Lunatic asylums Madras 1877-1891 - 1877-1891
Year: 1877
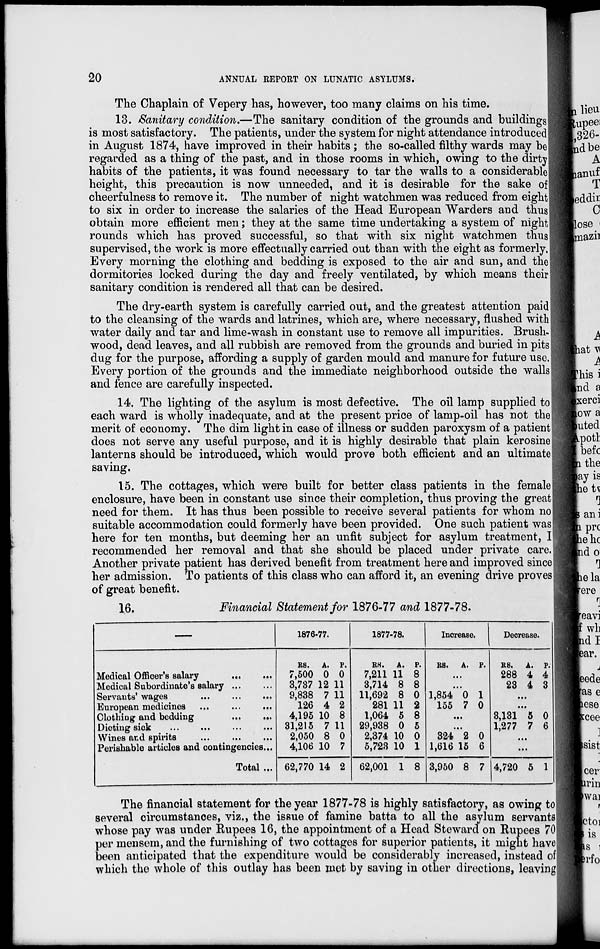
20
ANNUAL REPORT ON LUNATIC ASYLUMS.
The Chaplain of Vepery has, however, too many claims on his time.
13. Sanitary condition.—The sanitary condition of the grounds and buildings
is most satisfactory. The patients, under the system for night attendance introduced
in August 1874, have improved in their habits; the so-called filthy wards may be
regarded as a thing of the past, and in those rooms in which, owing to the dirty
habits of the patients, it was found necessary to tar the walls to a considerable
height, this precaution is now unneeded, and it is desirable for the sake of
cheerfulness to remove it. The number of night watchmen was reduced from eight
to six in order to increase the salaries of the Head European Warders and thus
obtain more efficient men; they at the same time undertaking a system of night
rounds which has proved successful, so that with six night watchmen thus
supervised, the work is more effectually carried out than with the eight as formerly.
Every morning the clothing and bedding is exposed to the air and sun, and the
dormitories locked during the day and freely ventilated, by which means their
sanitary condition is rendered all that can be desired.
The dry-earth system is carefully carried out, and the greatest attention paid
to the cleansing of the wards and latrines, which are, where necessary, flushed with
water daily and tar and lime-wash in constant use to remove all impurities. Brush-
wood, dead leaves, and all rubbish are removed from the grounds and buried in pits
dug for the purpose, affording a supply of garden mould and manure for future use.
Every portion of the grounds and the immediate neighborhood outside the walls
and fence are carefully inspected.
14. The lighting of the asylum is most defective. The oil lamp supplied to
each ward is wholly inadequate, and at the present price of lamp-oil has not the
merit of economy. The dim light in case of illness or sudden paroxysm of a patient
does not serve any useful purpose, and it is highly desirable that plain kerosine
lanterns should be introduced, which would prove both efficient and an ultimate
saving.
15. The cottages, which were built for better class patients in the female
enclosure, have been in constant use since their completion, thus proving the great
need for them. It has thus been possible to receive several patients for whom no
suitable accommodation could formerly have been provided. One such patient was
here for ten months, but deeming her an unfit subject for asylum treatment, I
recommended her removal and that she should be placed under private care.
Another private patient has derived benefit from treatment here and improved since
her admission. To patients of this class who can afford it, an evening drive proves
of great benefit.
16.
Financial Statement for 1876-77 and 1877-78.
—
Medical Officer's salary ... ...
Medical Subordinate's salary ... ...
Servants' wages
...
...
...
European medicines ...
...
...
Clothing and bedding ... ...
Dieting sick ... ... ... ...
Wines and spirits
... ... ...
Perishable articles and contingencies...
Total ...
1876.77.
RS.
7,500
3,737
9,838
126
4,195
31,215
2,050
4,106
62,770
A.
0
12
7
4
10
7
8
10
14
P.
0
11
11
2
8
11
0
7
2
1877-78.
RS.
7,211
3,714
11,692
281
1,064
29,938
2,374
5,723
62,001
A.
11
8
8
11
5
0
10
10
1
P.
8
8
0
2
8
5
0
1
8
Increase.
RS.
A. P.
...
...
1,854
155
0
7
1
0
...
...
324
1,616
3,950
2
15
8
0
6
7
Decrease.
RS.
288
23
A.
4
4
P.
4
3
...
...
3,131
1,277
5
7
0
6
...
...
4,720 5 1
The financial statement for the year 1877-78 is highly satisfactory, as owing to
several circumstances, viz., the issue of famine batta to all the asylum servants
whose pay was under Rupees 16, the appointment of a Head Steward on Rupees 70
per mensem, and the furnishing of two cottages for superior patients, it might have
been anticipated that the expenditure would be considerably increased, instead of
which the whole of this outlay has been met by saving in other directions, leaving